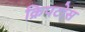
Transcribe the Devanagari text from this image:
क्रिपटोस